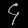
Digit: ၄